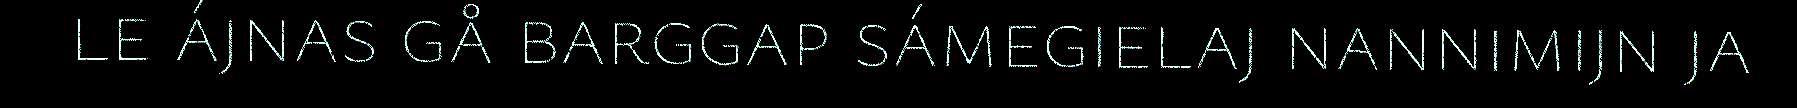
le ájnas gå barggap sámegielaj nannimijn ja